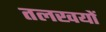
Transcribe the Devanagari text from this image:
तलखयों